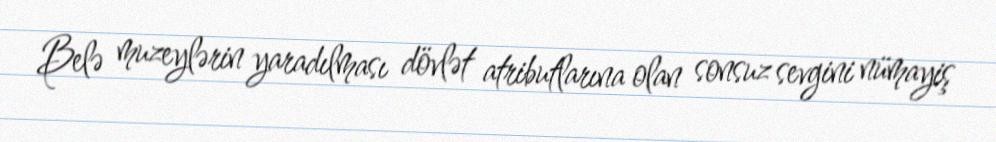
Belə muzeylərin yaradılması dövlət atributlarına olan sonsuz sevgini nümayiş